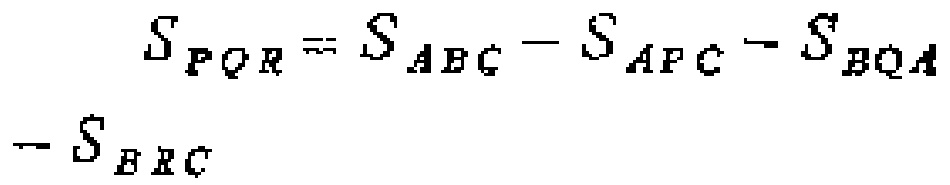
\[
\begin{align*}
S_{PQR}&=S_{ABC}-S_{APC}-S_{BQA}\\
&-S_{BRC}
\end{align*}
\]